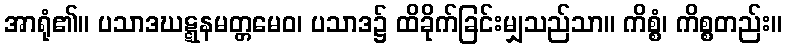
အာရုံ၏။ ပသာဒဃဋ္ဋနမတ္တမေဝ၊ ပသာဒ၌ ထိခိုက်ခြင်းမျှသည်သာ။ ကိစ္စံ၊ ကိစ္စတည်း။